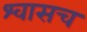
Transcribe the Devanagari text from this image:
श्वासच